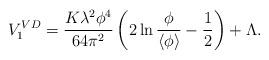
LaTeX: \begin{align*}V_1^{VD} = {K\lambda^2\phi^4\over 64\pi^2}\left( 2\ln {\phi\over\left<\phi\right> } -{1\over 2}\right) + \Lambda.\end{align*}